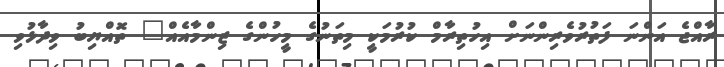
ރާއްޖެ އަންނަ ފަތުރުވެރިންނަށް އިހުތިރާމް ކުރުމަކީ މިތަނުގެ މީހުންގެ ޒިންމާއެއް" ތޮއްޔިބު ވިދާޅުވި